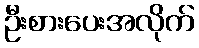
ဦးစားပေးအလိုက်